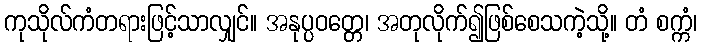
ကုသိုလ်ကံတရားဖြင့်သာလျှင်။ အနုပ္ပဝတ္တေ၊ အတုလိုက်၍ဖြစ်စေသကဲ့သို့။ တံ စက္ကံ၊